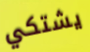
يشتكي